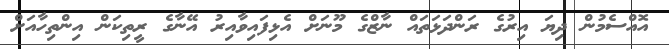
އޮއްސެމުން ދިޔަ އިރުގެ ރަންދަޅަތައް ނާޒްގެ މޫނަށް އެޅިފައިވާއިރު އޭނާގެ ރީތިކަން އިންތިހާއަށް